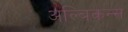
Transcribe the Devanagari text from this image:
अल्बिकन्स